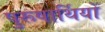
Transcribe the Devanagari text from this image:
पुरूषार्थियों